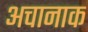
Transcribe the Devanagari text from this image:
अचानाक